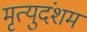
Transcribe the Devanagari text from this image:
मृत्युदंशम